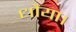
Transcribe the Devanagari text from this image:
धौया।